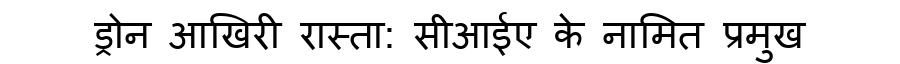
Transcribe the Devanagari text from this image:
ड्रोन आखिरी रास्ता: सीआईए के नामित प्रमुख